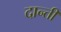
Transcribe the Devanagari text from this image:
दान्ती